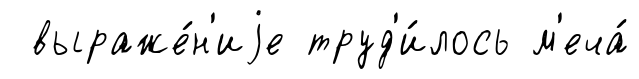
выраже́н'иjе труд'и́лось м'еча́